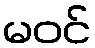
မဝင်